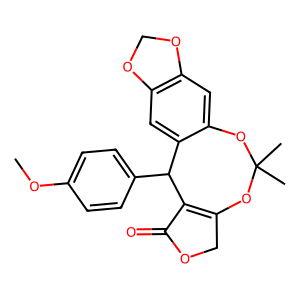
SMILES: COc1ccc(C2C3=C(COC3=O)OC(C)(C)Oc3cc4c(cc32)OCO4)cc1
Inhibits HIV replication: No